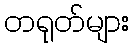
တရုတ်များ